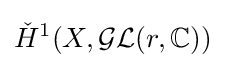
{\check {H}}^{1}(X,{\mathcal {GL}}(r,\mathbb {C} ))